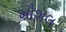
મૌશલ